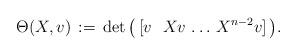
LaTeX: \begin{align*} \Theta(X, v)\,:=\,\det\big(\,[ v \ \ Xv\,\dots\,X^{n-2}v]\,\big).\end{align*}